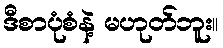
ဒီစာပုံစံနဲ့ မဟုတ်ဘူး။